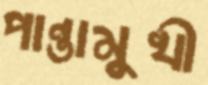
পান্তামুখী